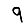
Digit: 9